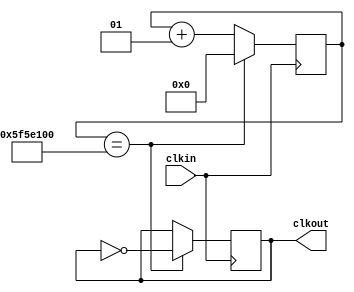
module fdiv_025 (clkin,clkout);
input clkin;
output reg clkout;

integer cont;

initial
   cont=0;
  
always @(posedge clkin)
  begin
	if (cont==100000000)
		begin
			cont<=0;
			clkout<=~clkout;
		end
		else
		begin
			cont<=cont+1;
			clkout<=clkout;
		end
   end
endmodule